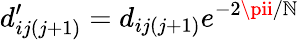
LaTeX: d_{ij(j+1)}^{\prime}=d_{ij(j+1)}e^{-2\pii/\mathbb{N}}